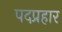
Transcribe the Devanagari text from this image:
पदप्रहार